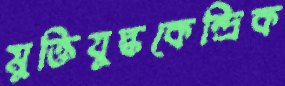
মুক্তিযুদ্ধকেন্দ্রিক